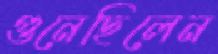
গুনেছিলেন